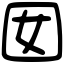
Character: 囡